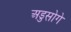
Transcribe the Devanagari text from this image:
अडुसोगे